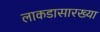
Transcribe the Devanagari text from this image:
लाकडासारख्या